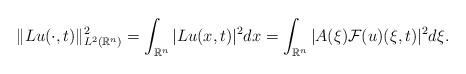
LaTeX: \begin{align*}\|Lu(\cdot,t)\|_{L^{2}(\mathbb{R}^{n})}^{2} = \int_{\mathbb{R}^{n}}|Lu(x,t)|^{2}dx = \int_{\mathbb{R}^{n}}|A(\xi)\mathcal{F}(u)(\xi,t)|^{2}d\xi.\end{align*}